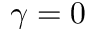
\gamma = 0